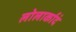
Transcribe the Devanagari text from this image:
लोलार्कादं